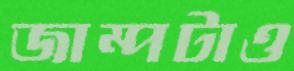
জাম্পটাও